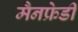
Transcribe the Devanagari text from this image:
मैनफ्रेडी